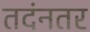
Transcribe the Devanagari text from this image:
तदंनतर